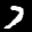
Label: 7